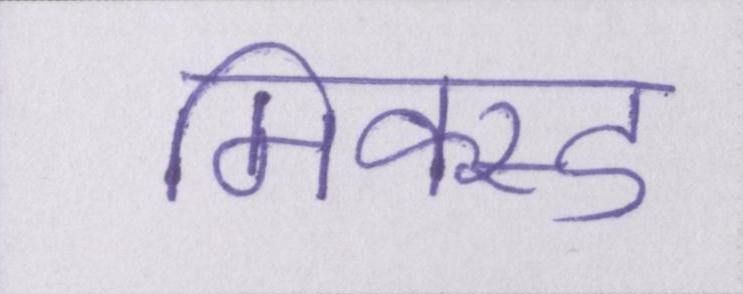
मिक्स्ड